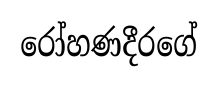
රෝහණදීරගේ